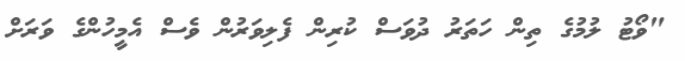
"ވޯޓު ލުމުގެ ތިން ހަތަރު ދުވަސް ކުރިން ފެލިވަރުން ވެސް އެމީހުންގެ ވަރަށް